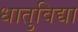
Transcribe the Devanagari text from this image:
धातुविद्या